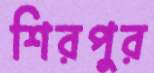
শিরপুর